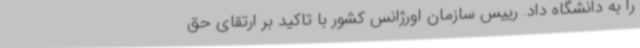
را به دانشگاه داد. رییس سازمان اورژانس کشور با تاکید بر ارتقای حق